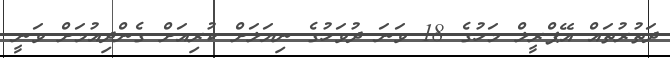
ދަތުރުތައް އޭޕްރީލް މަހުގެ 18 ވަނަ ދުވަހުގެ ނިޔަލަށް ކުރިއަށް ގެންދިއުމަށް ވަނީ